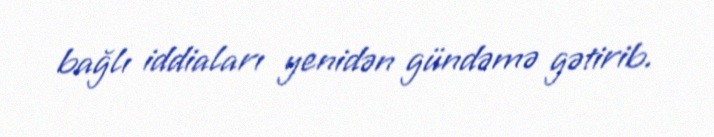
bağlı iddiaları yenidən gündəmə gətirib.